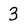
Character: 3